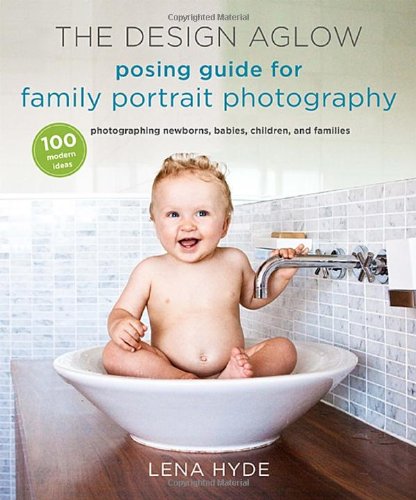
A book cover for The Design Aglow Posing Guide for Family Portrait Photography: 100 Modern Ideas for Photographing Newborns, Babies, Children, and Families; Lena Hyde; Arts & Photography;